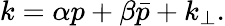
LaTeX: k=\alpha p+\beta\bar{p}+k_{\perp}.